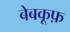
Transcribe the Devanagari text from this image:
बेबकूफ़